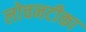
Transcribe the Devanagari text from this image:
लोचनटीका